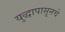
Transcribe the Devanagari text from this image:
युद्धापासूनचे